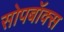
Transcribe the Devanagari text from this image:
सोपबॉक्स